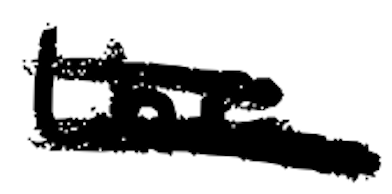
Text: the
Cross-out: double-line
Writing tool: digital_black